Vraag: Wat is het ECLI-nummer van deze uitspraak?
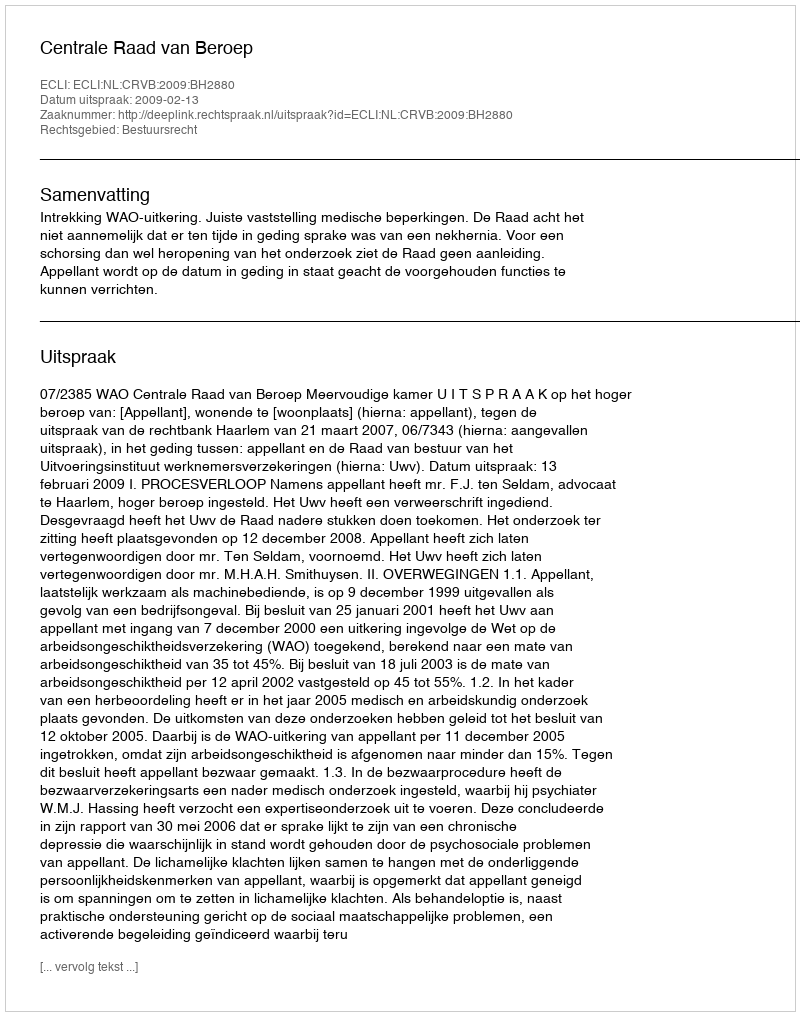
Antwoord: ECLI:NL:CRVB:2009:BH2880